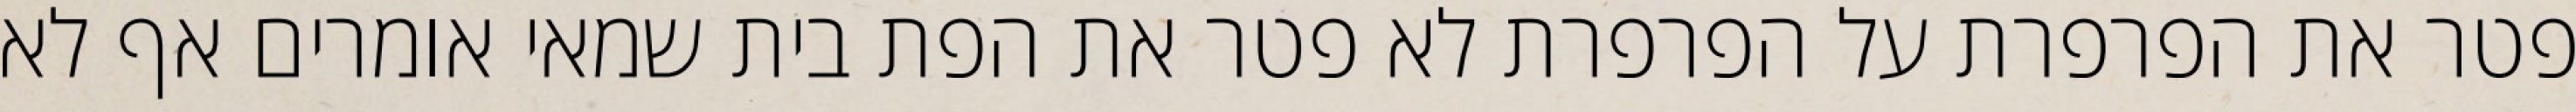
פטר את הפרפרת על הפרפרת לא פטר את הפת בית שמאי אומרים אף לא